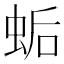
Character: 𧊛